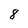
Character: 8